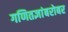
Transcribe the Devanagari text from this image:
गणितज्ञांबरोबर